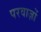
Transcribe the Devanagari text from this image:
परवाज़ों